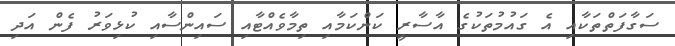
ސަގާފަތްތަކާއި އެ ގައުމުތަކުގެ އާސާރީ ކަންކަމާއި ތިމާވެއްޓާއި ސައިންސާއި ކުޅިވަރު ފެން އަދި